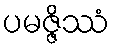
ပမဇ္ဇိဿံ